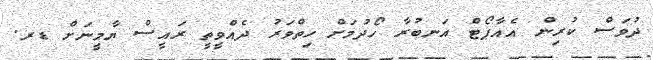
ދުވަސް ކުރިން އެއާޕޯޓް އަނބުރާ ހޯދުމަށް ހިތްވަރު ދެއްވީތީ ރައީސް ޔާމީނަށް ޑރ.